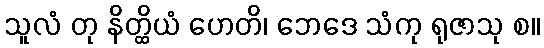
သူလံ တု နိတ္ထိယံ ဟေတိ၊ ဘေဒေ သံကု ရုဇာသု စ။